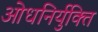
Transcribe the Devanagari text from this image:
ओधनिर्युक्ति